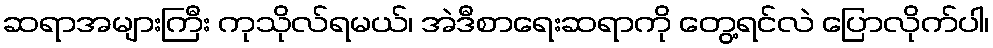
ဆရာအများကြီး ကုသိုလ်ရမယ်၊ အဲဒီစာရေးဆရာကို တွေ့ရင်လဲ ပြောလိုက်ပါ၊